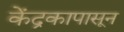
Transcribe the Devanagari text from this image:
केंद्रकापासून